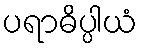
ပရာဓိပ္ပါယံ